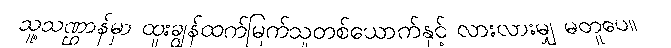
သူ့သဏ္ဌာန်မှာ ထူးချွန်ထက်မြက်သူတစ်ယောက်နှင့် လားလားမျှ မတူပေ။